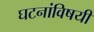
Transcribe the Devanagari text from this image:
घटनांविषयी